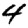
Digit: 4